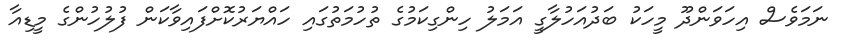
ނަމަވެސް އިހަވަންދޫ މީހަކު ބަދުއަހުލާގީ އަމަލު ހިންގިކަމުގެ ތުހުމަތުގައި ހައްޔަރުކޮށްފައިވާކަން ފުލުހުންގެ މީޑިއާ